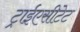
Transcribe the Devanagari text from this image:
ट्राईएसीटेट